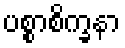
ပစ္စာစိက္ခနာ